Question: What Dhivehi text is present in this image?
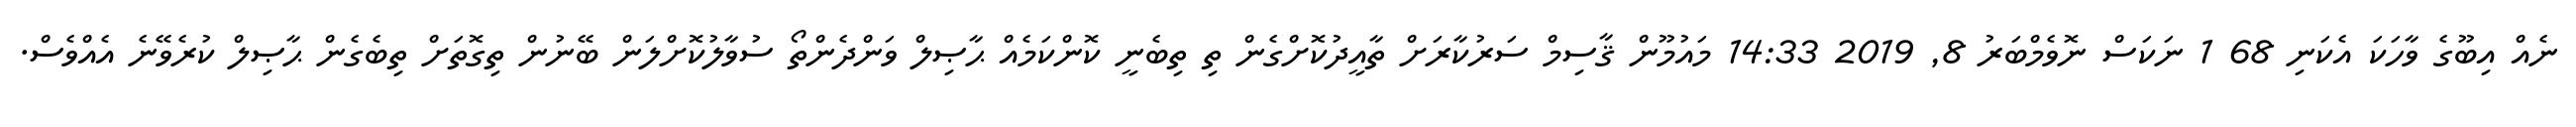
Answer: ނެއް އިބޫގެ ވާހަކަ އެކަނި 68 1 ނަކަސް ނޮވެމްބަރު 8, 2019 14:33 މައުމޫން ޤާސިމް ސަރުކާރަށް ތާއީދުކޮށްގެން ތި ތިބެނީ ކޮންކަމެއް ޙާޞިލް ވަންދެންތޯ ސުވާލުކޮށްލަން ބޭނުން ތިގޮތަށް ތިބެގެން ޙާޞިލް ކުރެވޭނެ އެއްވެސް.